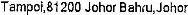
TAMPOI,81200 JOHOR BAHRU,JOHOR